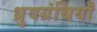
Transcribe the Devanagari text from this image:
ध्रुवग्रंथियाँ